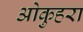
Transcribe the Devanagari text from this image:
ओकुहरा